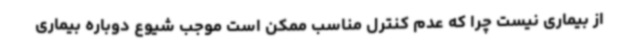
از بیماری نیست چرا که عدم کنترل مناسب ممکن است موجب شیوع دوباره بیماری